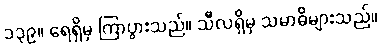
၁၃၉။ ရေရှိမှ ကြာပွားသည်။ သီလရှိမှ သမာဓိများသည်။